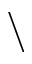
\backslash